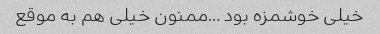
خیلی خوشمزه بود …ممنون خیلی هم به موقع